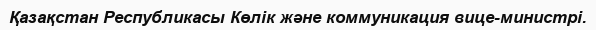
Қазақстан Республикасы Көлік және коммуникация вице-министрі.